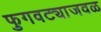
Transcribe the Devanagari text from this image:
फुगवट्याजवळ